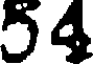
54